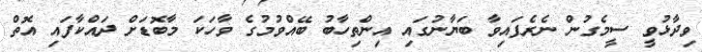
ވިދާޅުވީ ސީމެގުން ނެރެފައިވާ ބަޔާނުގައި އިންތިހާބު ބޭއްވުމުގެ ވާހަކަ މާބޮޑަށް ދައްކާފައި އޮތް